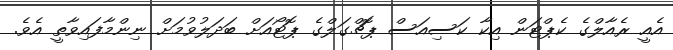
އެއީ ރެއާލްގެ ކެޕްޓަން އިކާ ކަސިއަސް ޕޮޗްގަލްގެ ޕޮޓޯއަށް ބަދަލުވުމަށް ނިންމާފައިވާތީ އެވެ.